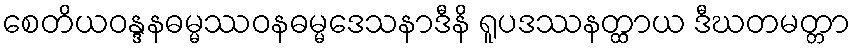
စေတိယဝန္ဒနဓမ္မဿဝနဓမ္မဒေသနာဒီနိ ရူပဒဿနတ္ထာယ ဒီဃတမတ္တာ